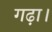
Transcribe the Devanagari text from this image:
गढ़ा।